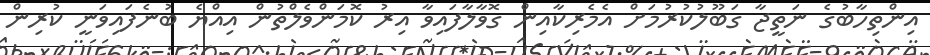
އިންތިހާބުގެ ނަތީޖާ ގަބޫލުކުރުމަށް އެމެރިކާއިން ގޮވާލާފައިވާ އިރު ކޮމަންވެލްތުން އިއްޔެ ބުނެފައިވަނީ ކުރިން